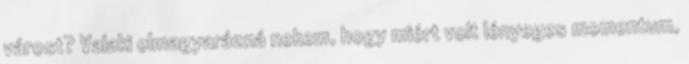
várost? Valaki elmagyarázná nekem, hogy miért volt lényeges momentum,